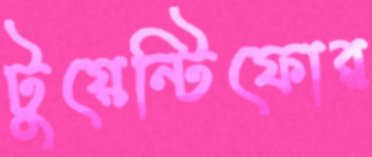
টুয়েন্টিফোর